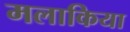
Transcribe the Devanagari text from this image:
मलाकिया